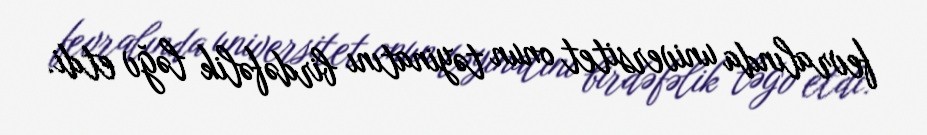
fevralında universitet onun təyinatını birdəfəlik ləğv etdi.